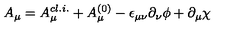
A _ { \mu } = A _ { \mu } ^ { c l . i . } + A _ { \mu } ^ { ( 0 ) } - \epsilon _ { \mu \nu } \partial _ { \nu } \phi + \partial _ { \mu } \chi